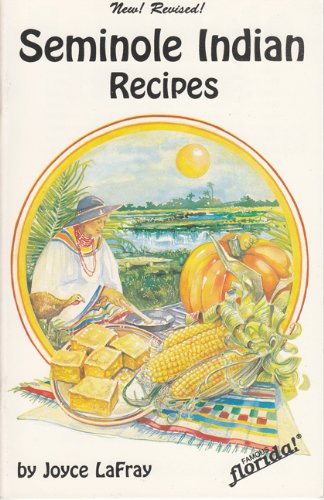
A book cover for Seminole Indian Recipes (Famous Florida!); Joyce LaFray; Cookbooks, Food & Wine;